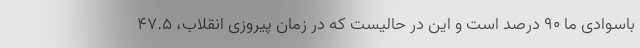
باسوادی ما ۹۰ درصد است و این در حالیست که در زمان پیروزی انقلاب، ۴۷.۵